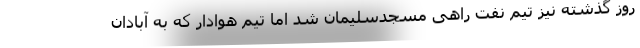
روز گذشته نیز تیم نفت راهی مسجدسلیمان شد اما تیم هوادار که به آبادان